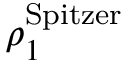
\rho _ { 1 } ^ { \mathrm { S p i t z e r } }